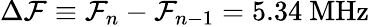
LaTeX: \Delta\mathcal{F}\equiv\mathcal{F}_{n}-\mathcal{F}_{n-1}=5.34~\mathrm{{MHz}}